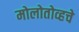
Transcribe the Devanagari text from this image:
मोलोतोव्हचे